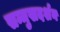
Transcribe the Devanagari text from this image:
सम्मुखदर्शन